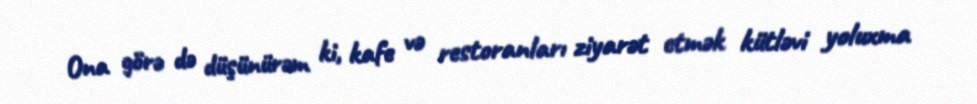
Ona görə də düşünürəm ki, kafe və restoranları ziyarət etmək kütləvi yoluxma